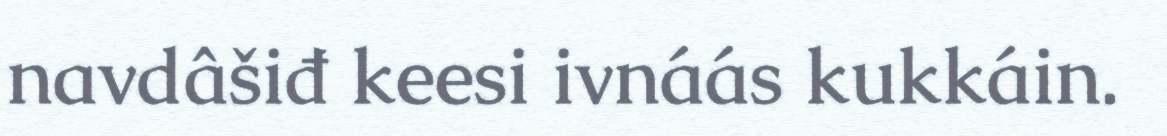
navdâšiđ keesi ivnáás kukkáin.